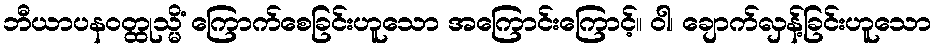
ဘီယာပနဝတ္ထုသ္မိံ ကြောက်စေခြင်းဟူသော အကြောင်းကြောင့်။ ဝါ၊ ချောက်လှန့်ခြင်းဟူသော